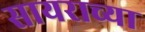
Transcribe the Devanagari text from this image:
सायराच्या